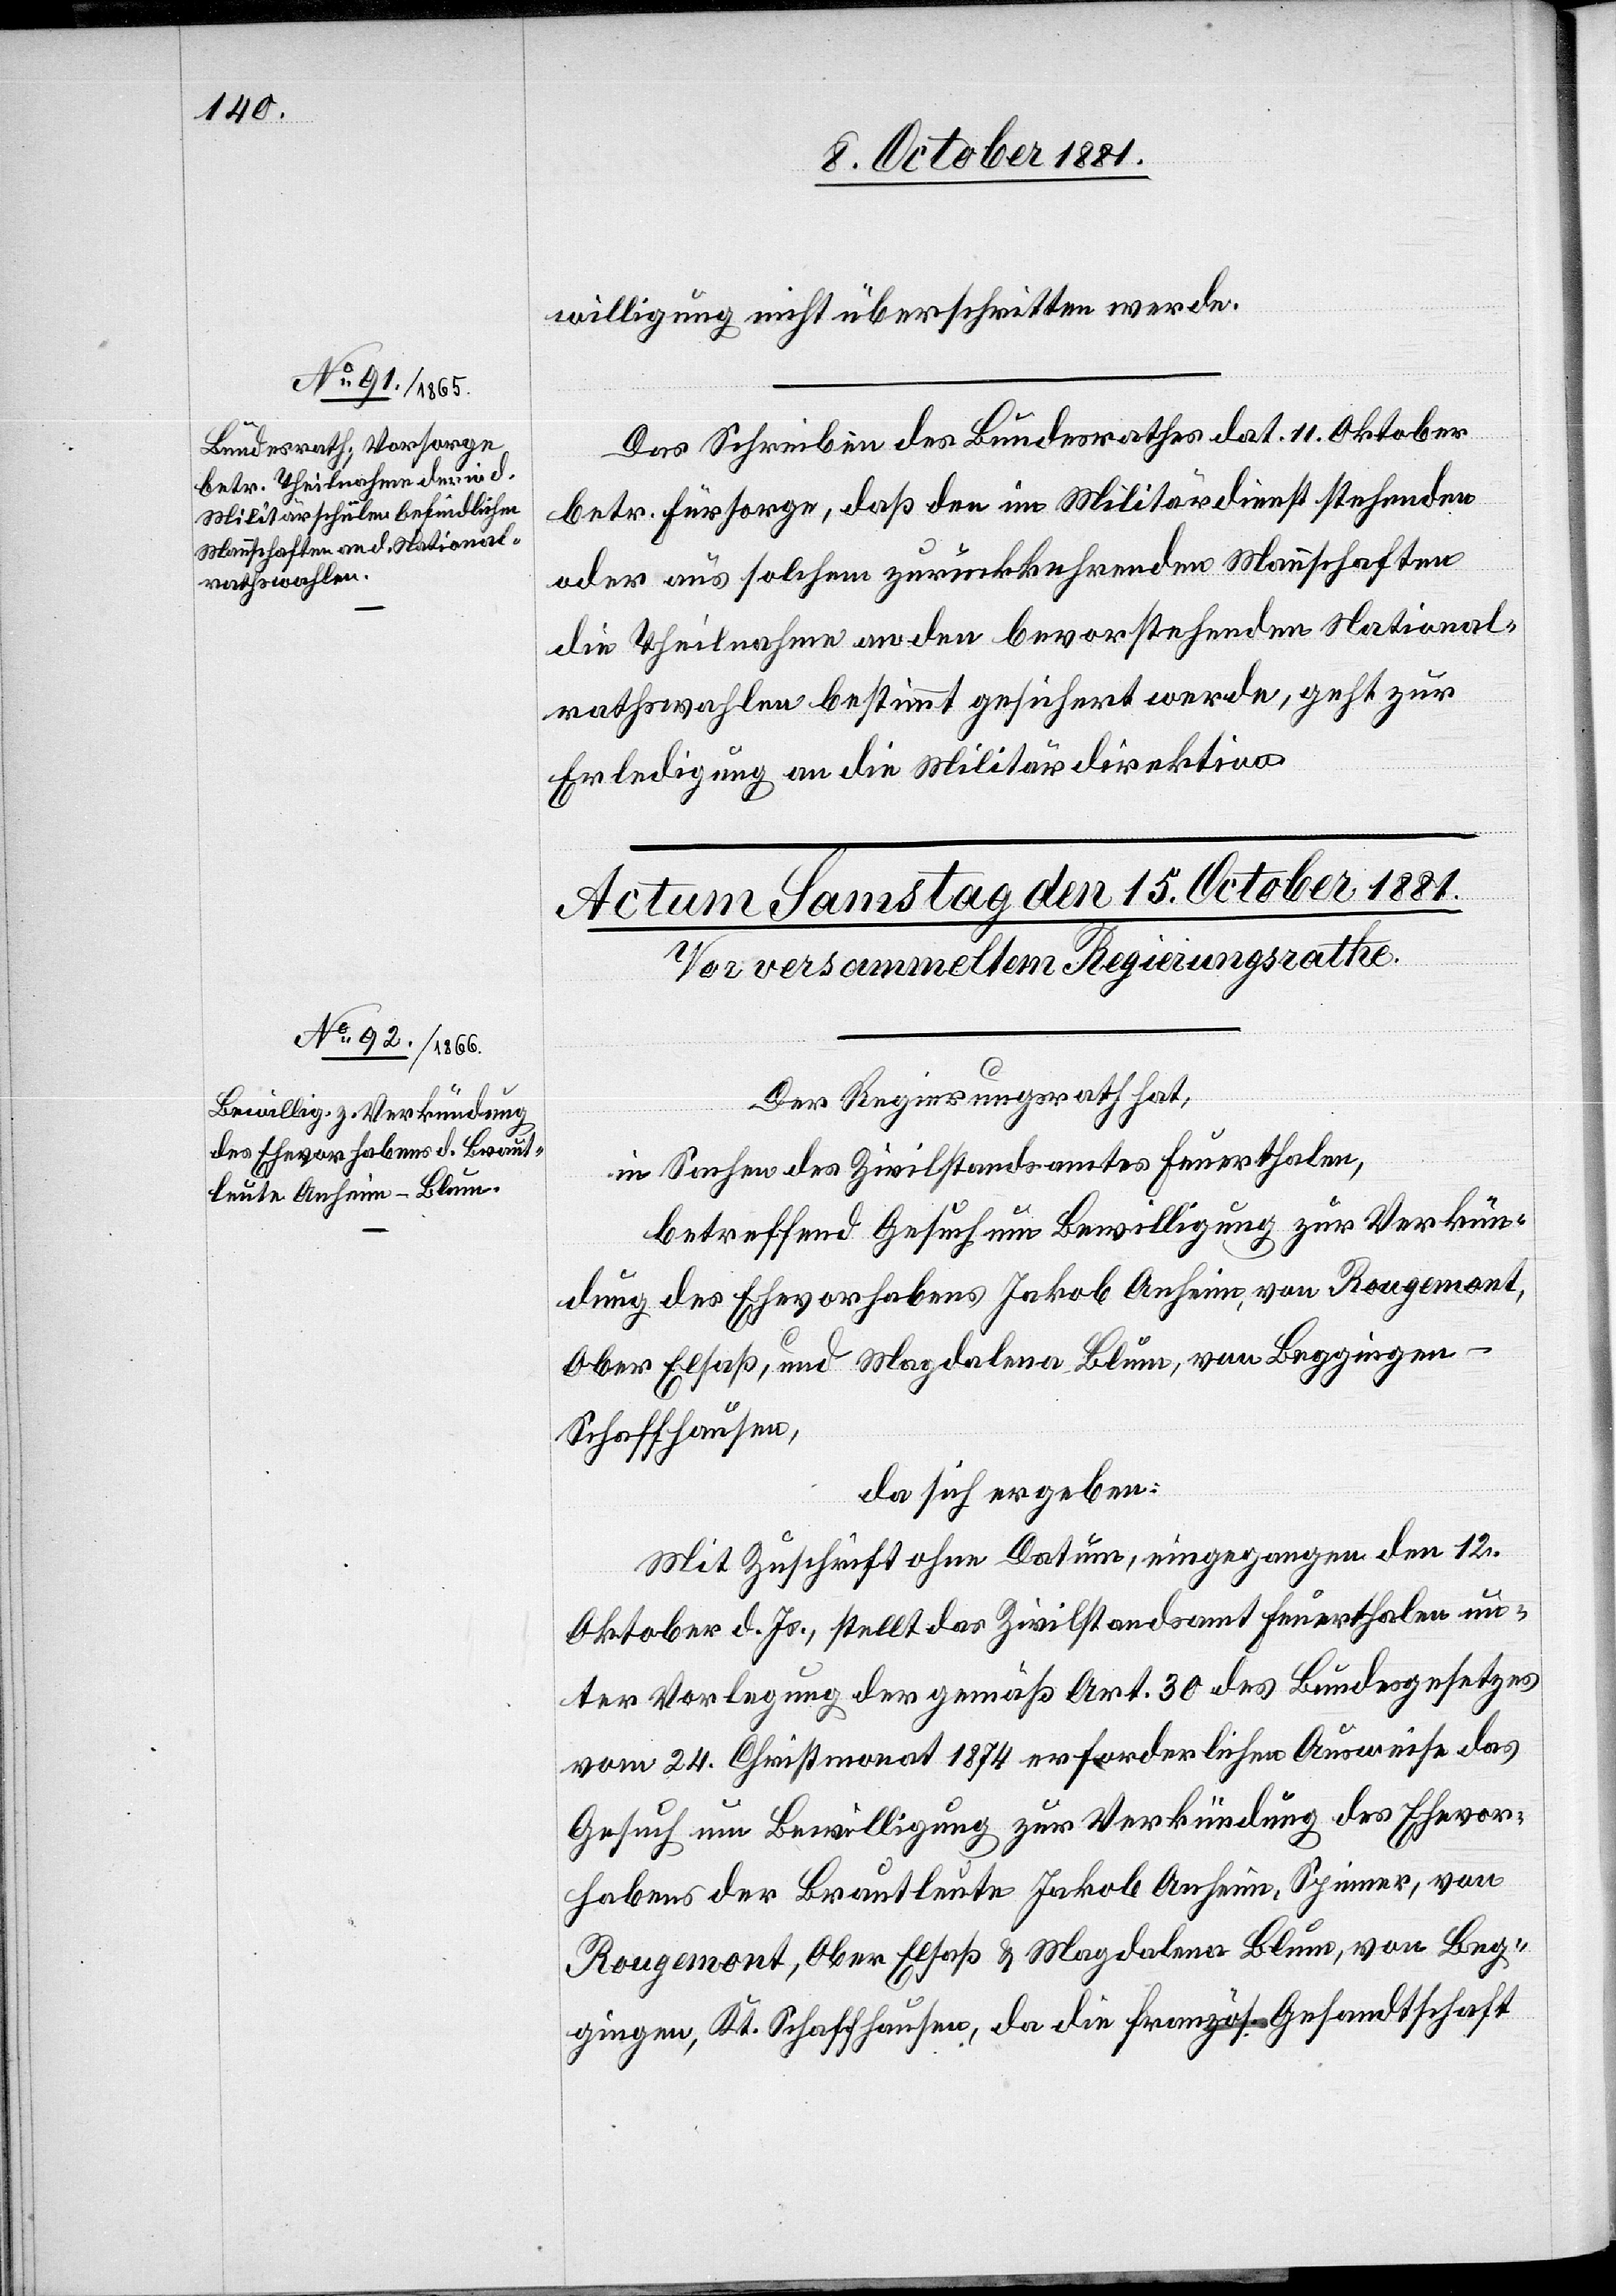
14. October 1881.]
willigung nicht überschritten werde.
Das Schreiben des Bundesrathes dat. 11. Oktober
betr. Fürsorge, daß den im Militärdienst stehenden
oder aus solchem zurückkehrenden Mannschaften
die Theilnahme an den bevorstehenden National¬
rathswahlen bestimmt gesichert werde, geht zur
Erledigung an die Militärdirektion.
Der Regierungsrath hat,
in Sachen des Zivilstandsamtes Feuerthalen,
betreffend Gesuch um Bewilligung zur Verkünd¬
igung des Ehevorhabens Jakob Anheim, von Rougemont,
Ober Elsaß, und Magdalena Blum, von Beggingen
Schaffhausen,
da sich ergeben:
Mit Zuschrift ohne Datum, eingegangen den 12.
Oktober d. Js., stellt das Zivilstandsamt Feuerthalen un¬
ter Vorlegung der gemäß Art. 30 des Bundesgesetzes
vom 24. Christmonat 1874 erforderlichen Ausweise das
Gesuch um Bewilligung zur Verkündung des Ehevor¬
habens der Brautleute Jakob Anheim, Spinner, von
Rougemont, Ober Elsaß & Magdalena Blum, von Beg¬
gingen, Kt. Schaffhausen, da die französ. Gesandtschaft